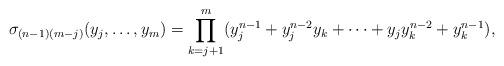
LaTeX: \begin{align*}\sigma_{(n-1)(m-j)}(y_j, \ldots, y_m) = \prod_{k=j+1}^m (y_j^{n-1} + y_j^{n-2}y_k + \cdots + y_j y_k^{n-2} + y_k^{n-1}),\end{align*}